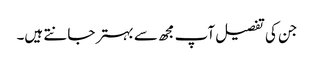
جن کی تفصیل آپ مجھ سے بہتر جانتے ہیں۔